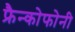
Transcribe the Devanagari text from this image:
फ्रैन्कोफोनी